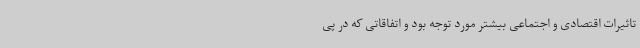
تاثیرات اقتصادی و اجتماعی بیشتر مورد توجه بود و اتفاقاتی که در پی